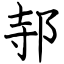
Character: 邿